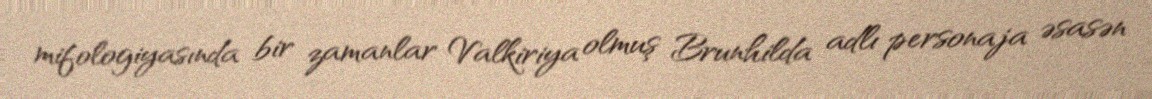
mifologiyasında bir zamanlar Valkiriya olmuş Brunhilda adlı personaja əsasən